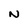
Character: N